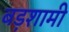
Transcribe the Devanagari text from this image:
बड़शामी